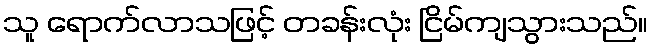
သူ ရောက်လာသဖြင့် တခန်းလုံး ငြိမ်ကျသွားသည်။